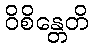
ဝိစိန္တေတိ